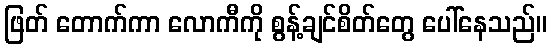
ဖြတ် တောက်ကာ လောကီကို စွန့်ချင်စိတ်တွေ ပေါ်နေသည်။